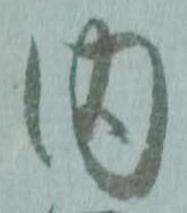
内